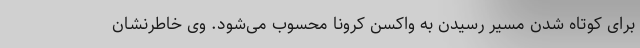
برای کوتاه شدن مسیر رسیدن به واکسن کرونا محسوب می‌شود. وی خاطرنشان